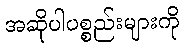
အဆိုပါပစ္စည်းများကို